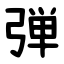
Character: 弾